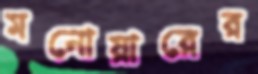
মনোয়ারের